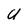
Character: U